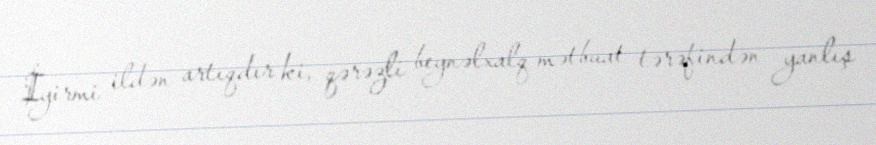
İyirmi ildən artıqdır ki, qərəzli beynəlxalq mətbuat tərəfindən yanlış